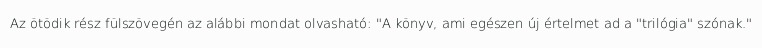
Az ötödik rész fülszövegén az alábbi mondat olvasható: "A könyv, ami egészen új értelmet ad a "trilógia" szónak."